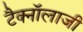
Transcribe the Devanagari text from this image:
टैक्नॉलाजी